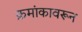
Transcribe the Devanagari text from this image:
क्रमांकावरून